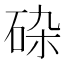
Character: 𱳼